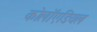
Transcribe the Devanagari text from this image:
कोलॉएडियल